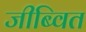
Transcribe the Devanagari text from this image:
जीब्वित